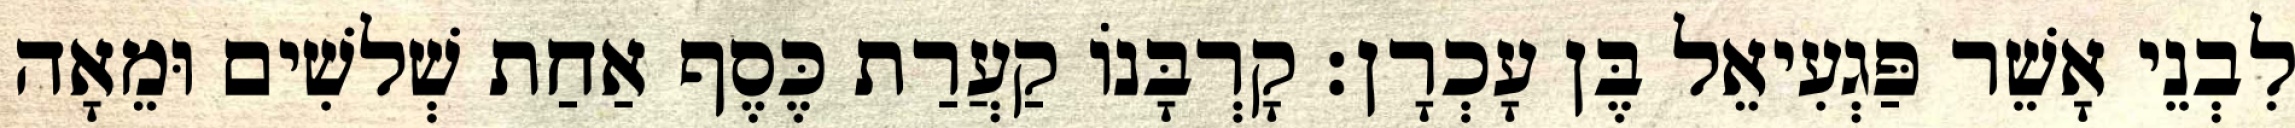
לִבְנֵי אָשֵׁר פַּגְעִיאֵל בֶּן עָכְרָן׃ קָרְבָּנוֹ קַעֲרַת כֶּסֶף אַחַת שְׁלשִׁים וּמֵאָה